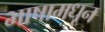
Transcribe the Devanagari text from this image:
भाषामधून